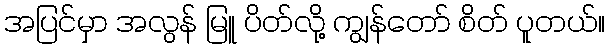
အပြင်မှာ အလွန် မြူ ပိတ်လို့ ကျွန်တော် စိတ် ပူတယ်။